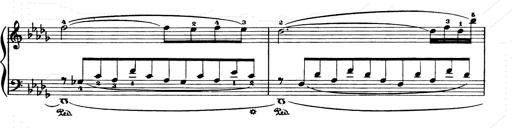
Title: Consolations and LiebestrÃ¤ume for the Piano
Composer: Franz Liszt